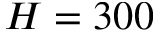
H = 3 0 0